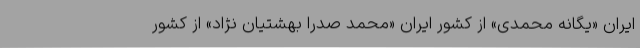
ایران «یگانه محمدی» از کشور ایران «محمد صدرا بهشتیان نژاد» از کشور